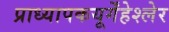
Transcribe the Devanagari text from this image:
प्राध्यापकयूर्गेंहेश्लेर